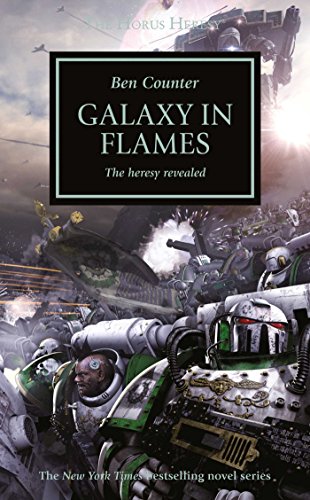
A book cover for Galaxy in Flames (The Horus Heresy); Ben Counter; Science Fiction & Fantasy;